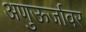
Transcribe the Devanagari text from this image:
अणुऊर्जावर